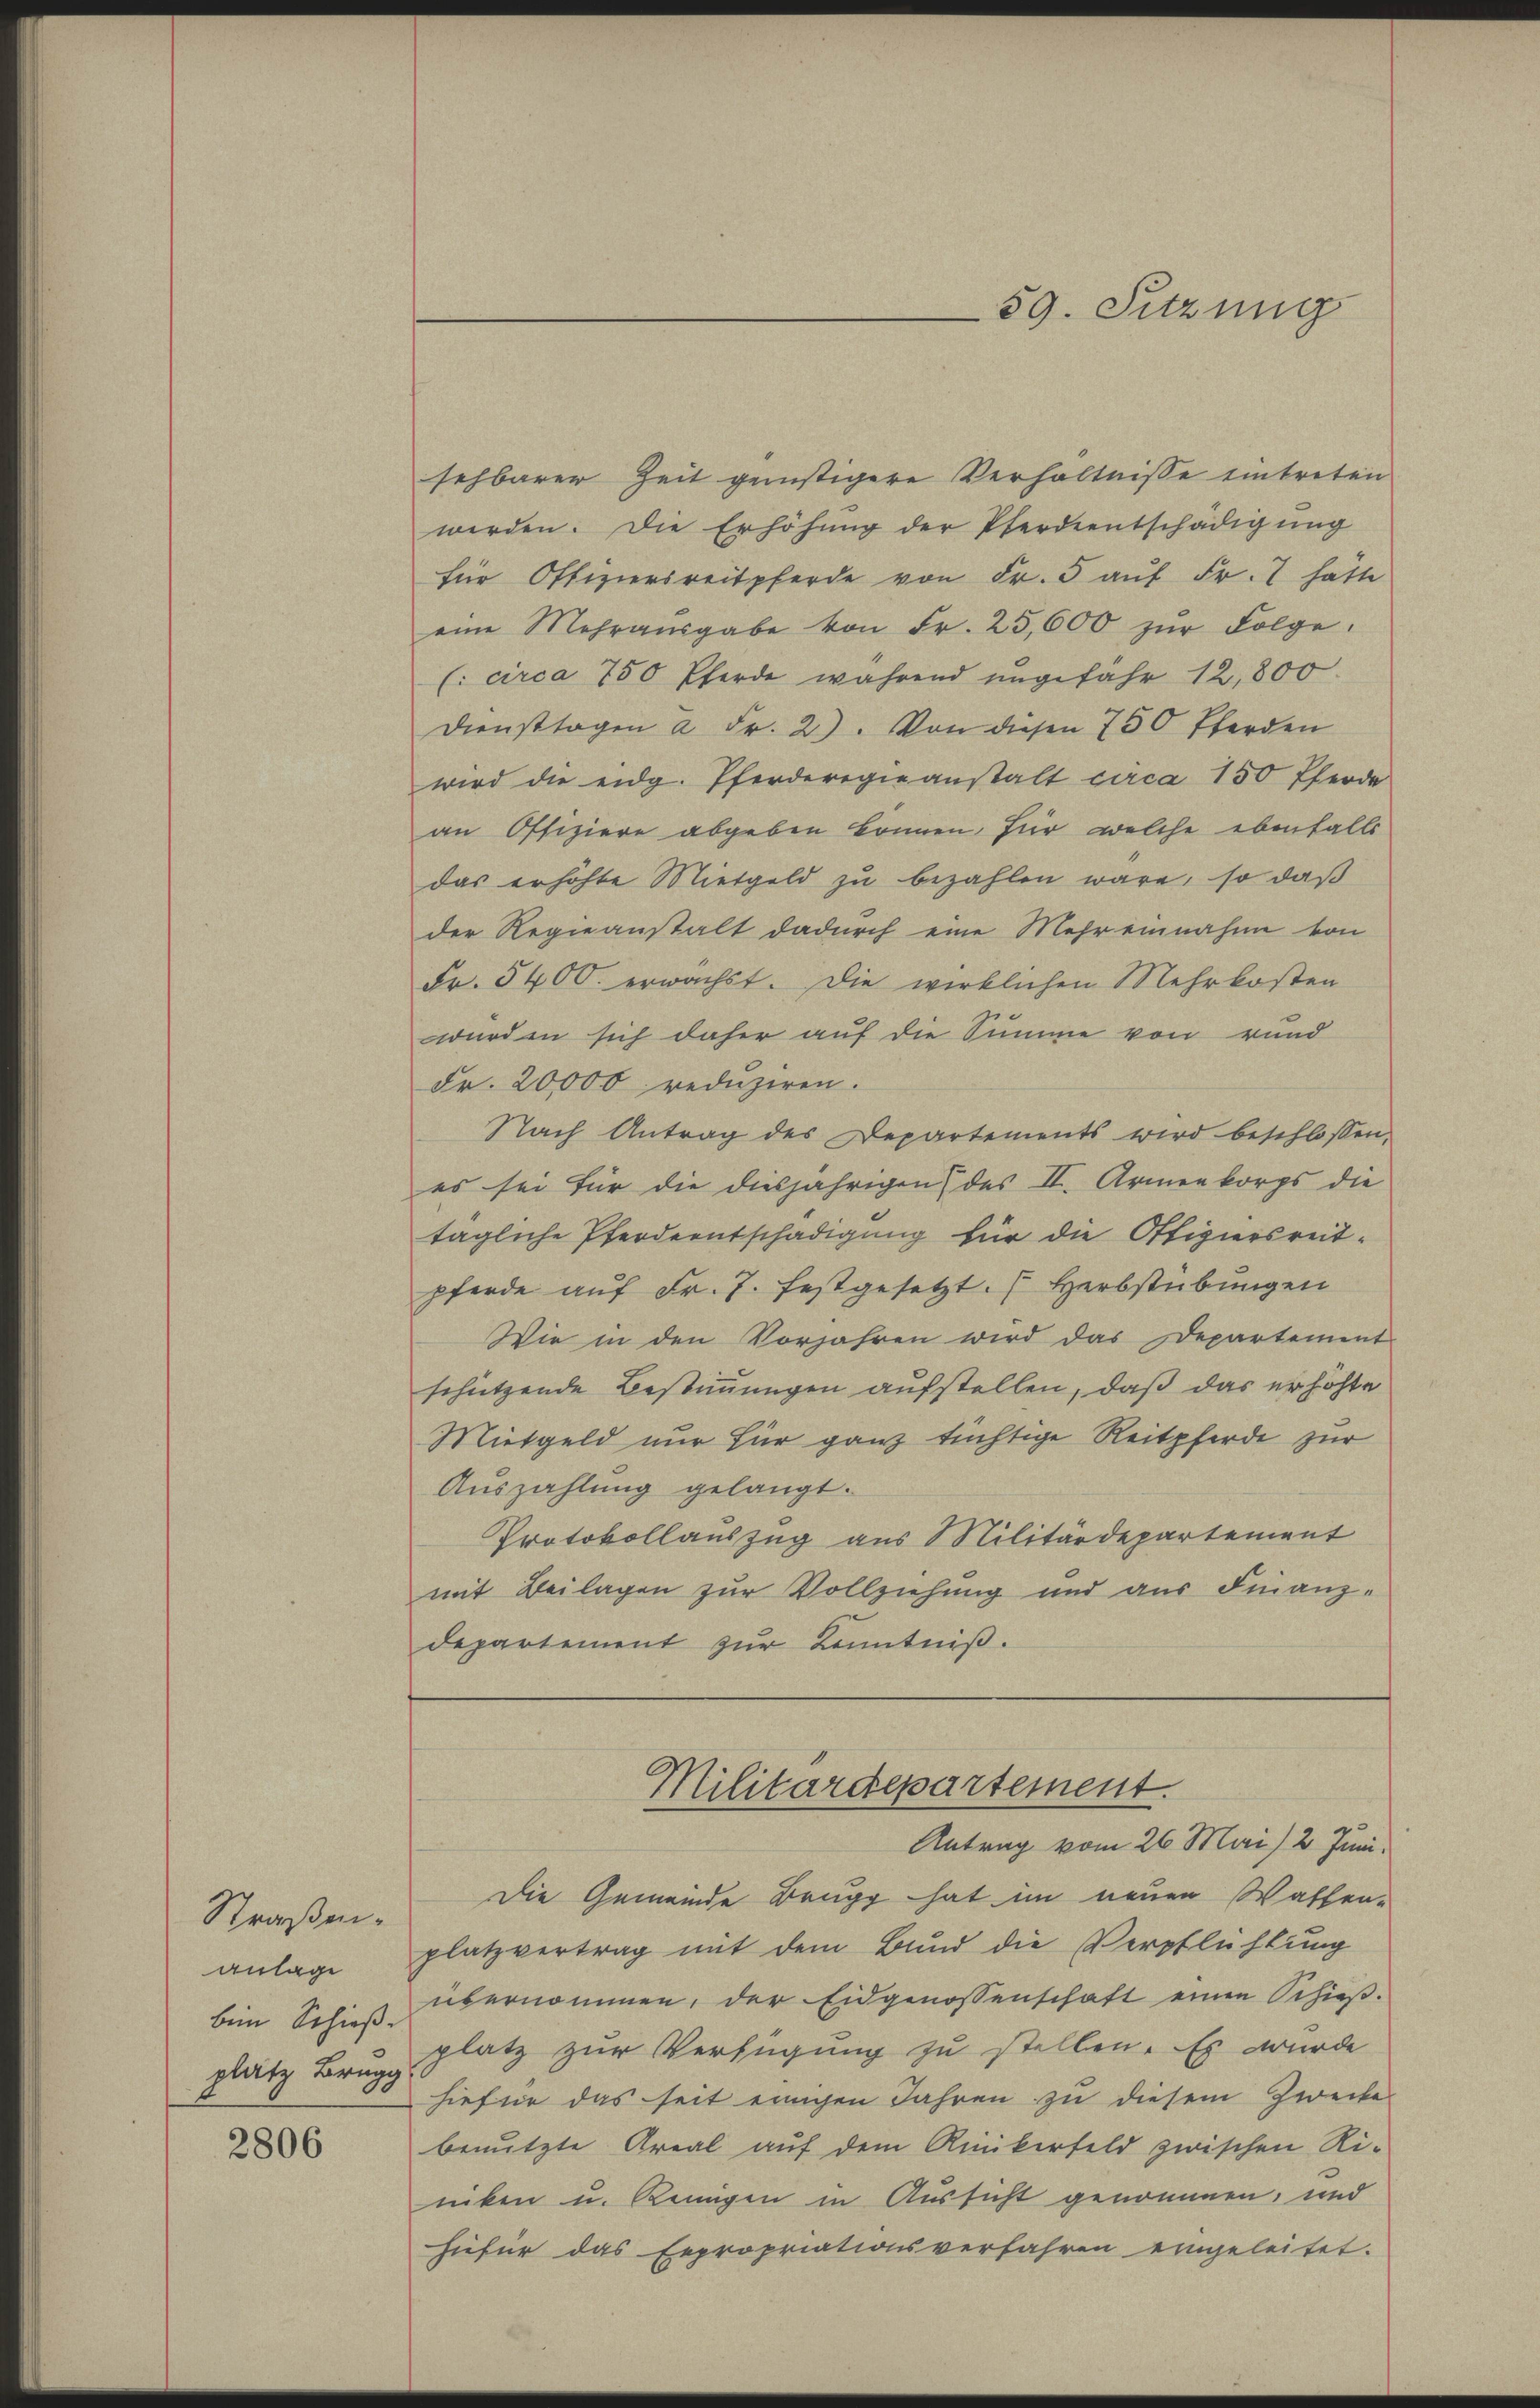
Straßenanlage
bein Schieß
platz Brugg

2806

sehbarer Zeit geinstigere Verhältnisse eintreten
werden. Die Erhöhŭng der Pferdientschädigŭng
für Offiziersreitpferde von Fr. 5 aŭf Fr. 7 hätte
eine Mehraŭsgabe von Fr. 25,600 zŭr Folge.
(circa 750 Pferde während ungefahr 12,800
Diensttagen à Fr. 2). Von diesen 750 Pferden
wird die eidg. Pferderegieanstalt circa 150 Pferde
an Offiziere abgeben können, für welche ebenfalls
das erhöhte Mietgeld zu bezahlen wäre, so daß
der Regieanstalt dadurch eine Mehr einnahme von
Fr. 5400. erwachst. Die wirklichen Mehrkosten
wurden sich daher auf die Summe von rund
Fr. 20,000 reduziren.
Nach Antrag des Departements wird beschlossen,
es sei für die diesjährigen des II. Armenkorps die
tägliche Pferdentschädigung für die Ottigersreitpferde aŭf Fr. 7. festgesetzt. Herbstübungen
Wie in den Vorjahren wird das Departement
schützende Bestimmungen aufstellen, daß das erhöhte
Mietgeld nur für ganz tüchtige Reitpferde zur
Auszahlung gelangt.
Protokollauszug aus Militärdepartement
mit Beilagen zur Vollziehung und aus Finanz-
departement zur Kenntniß.

59. Sitzung

Die Gemeinde Brugg hat im neuen Waffen-
platzvertrag mit dem Bund die Verpflichtung
übernommen, der Eidgenossenschaft einen Schieβ-
platz zur Verfügung zu stellen. Es wurde
hiefür das seit einigen Jahren zu diesem Zwecke
benutzte Areal auf dem Ankerfeld zwischen Riniken u. Reinigen in Aussicht genommen, und
hiefür das Expropriationsverfahren eingeleitet.

Militärdepartement.
Antrag vom 26. Mai 2 Juni.